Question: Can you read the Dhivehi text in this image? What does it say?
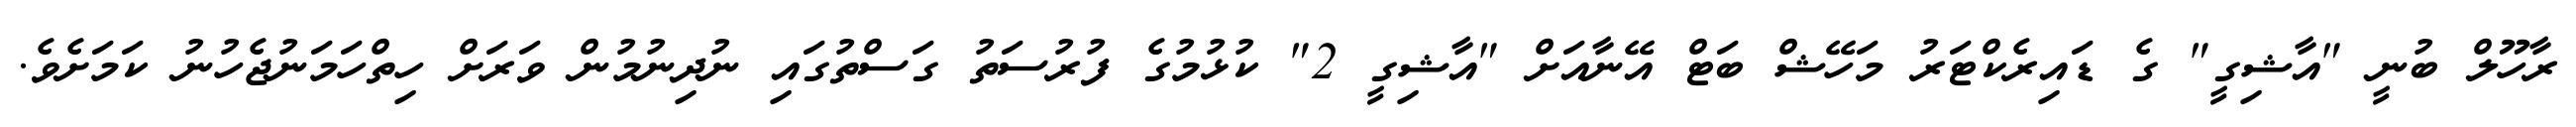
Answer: ރާހޫލް ބުނީ "އާޝިގީ" ގެ ޑައިރެކްޓަރު މަހޭޝް ބަޓް އޭނާއަށް "އާޝިގީ 2" ކުޅުމުގެ ފުރުސަތު ގަސްތުގައި ނުދިނުމުން ވަރަށް ހިތްހަމަނުޖެހުނު ކަމަށެވެ.